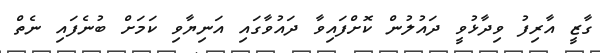
ގާޒީ އާރިފު ވިދާޅުވީ ދައުލުން ކޮށްފައިވާ ދައުވާގައި އަނިޔާވި ކަމަށް ބުނެފައި ނެތް